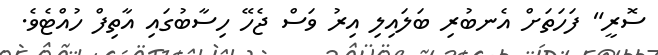
ސޮރީ" ފަހަތަށް އެނބުރި ބަލައިލި އިރު ވަސް ޖެހޭ ހިސާބުގަައި އާތިފް ހުއްޓެވެ.